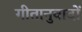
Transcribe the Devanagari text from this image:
गीतानुवादों